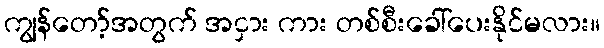
ကျွန်တော့်အတွက် အငှား ကား တစ်စီးခေါ်ပေးနိုင်မလား။